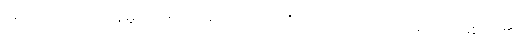
အကယ်၍ရပါကုန်မူကား။ သာဓုဝတ၊ ကောင်းသည်သာလျှင်။ အဿ၊ ဖြစ်ရာ၏။